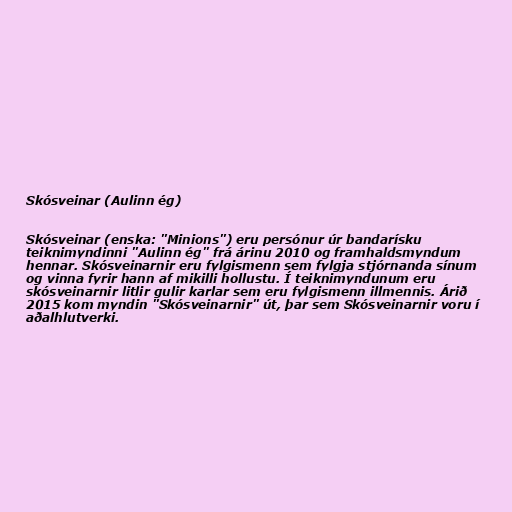
Skósveinar (Aulinn ég)

Skósveinar (enska: "Minions") eru persónur úr bandarísku
teiknimyndinni "Aulinn ég" frá árinu 2010 og framhaldsmyndum
hennar. Skósveinarnir eru fylgismenn sem fylgja stjórnanda sínum
og vinna fyrir hann af mikilli hollustu. Í teiknimyndunum eru
skósveinarnir litlir gulir karlar sem eru fylgismenn illmennis. Árið
2015 kom myndin "Skósveinarnir" út, þar sem Skósveinarnir voru í
aðalhlutverki.